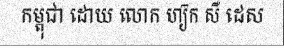
កម្ពុជា ដោយ លោក ហ្យ៊ក សឺ ដេស